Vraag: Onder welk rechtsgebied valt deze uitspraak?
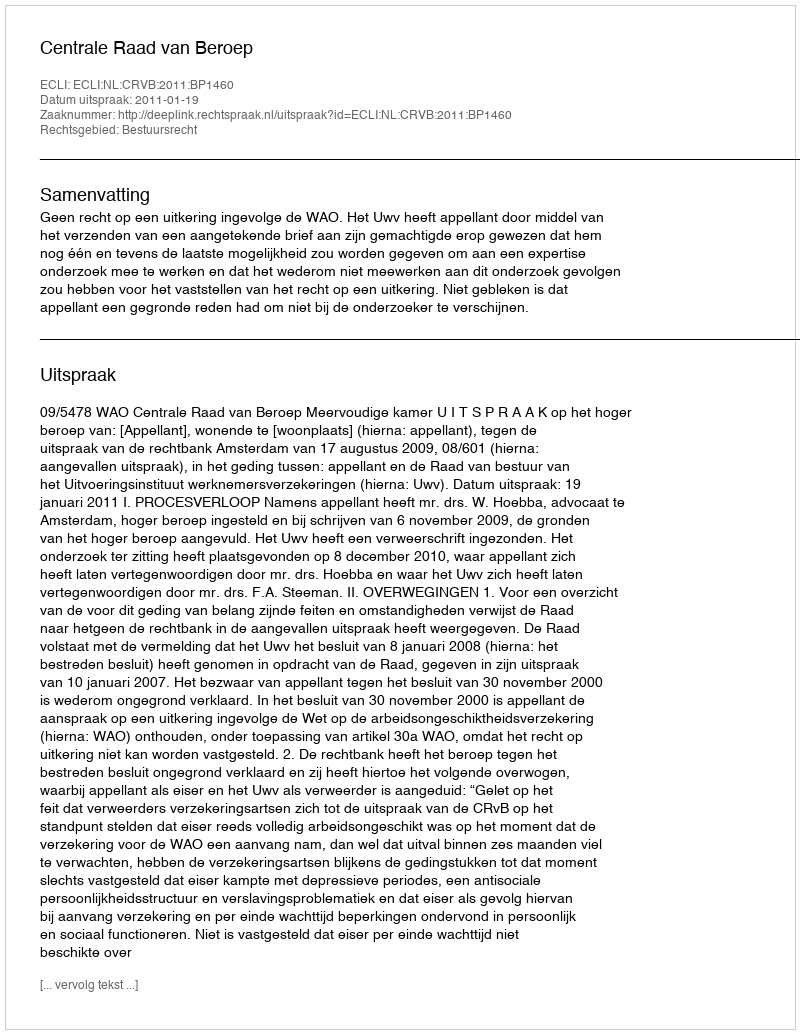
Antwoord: Bestuursrecht